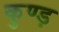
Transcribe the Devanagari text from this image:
कुण्ड़